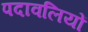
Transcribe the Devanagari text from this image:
पदावलियों